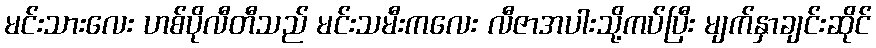
မင်းသားလေး ဟစ်ပိုလီတီသည် မင်းသမီးကလေး လီဇာအပါးသို့ကပ်ပြီး မျက်နှာချင်းဆိုင်